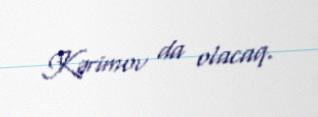
Kərimov da olacaq.